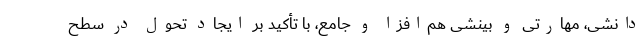
دانشی، مهارتی و بینشی هم‌افزا و جامع، با تأکید بر ایجاد تحول در سطح